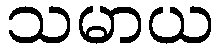
သမာယ